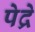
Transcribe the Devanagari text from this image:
पेद्रे